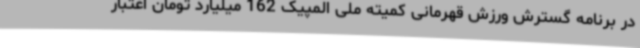
در برنامه گسترش ورزش قهرمانی کمیته ملی المپیک 162 میلیارد تومان اعتبار